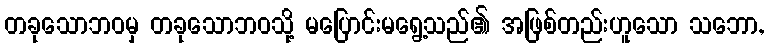
တခုသောဘဝမှ တခုသောဘဝသို့ မပြောင်းမရွေ့သည်၏ အဖြစ်တည်းဟူသော သဘော,